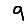
Digit: 9